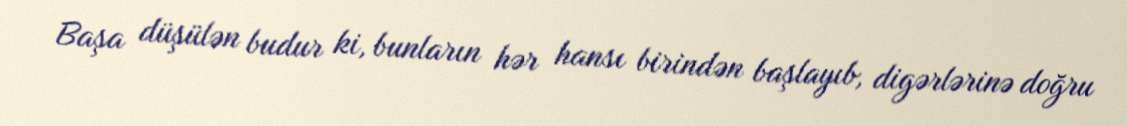
Başa düşülən budur ki, bunların hər hansı birindən başlayıb, digərlərinə doğru